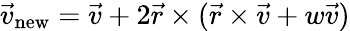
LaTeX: {\vec{v}}_{\mathrm{new}}={\vec{v}}+2{\vec{r}}\times({\vec{r}}\times{\vec{v}}+w{\vec{v}})